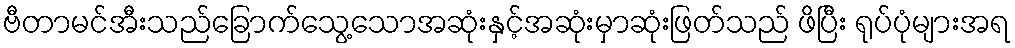
ဗီတာမင်အီးသည်ခြောက်သွေ့သောအဆုံးနှင့်အဆုံးမှာဆုံးဖြတ်သည် ဖိပြီး ရုပ်ပုံများအရ